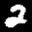
Label: 2